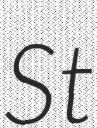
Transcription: St